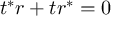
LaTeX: t ^ { * } r + t r ^ { * } = 0